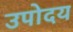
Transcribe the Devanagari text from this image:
उपोदय